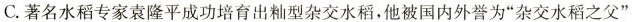
C.著名水稻专家袁隆平成功培育出籼型杂交水稻，他被国内外誉为”杂交水稻之父”